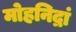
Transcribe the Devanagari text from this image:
मोहनिद्रां